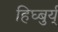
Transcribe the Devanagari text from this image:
हिघ्बुर्य्